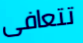
تتعافى